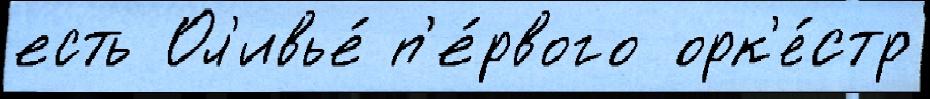
есть Ол'ивье́ п'е́рвого орк'е́стр